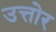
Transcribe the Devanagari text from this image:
उत्तोर